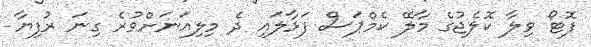
ފޮޓޯ ވިލާ ކޮލެޖުގެ މާލޭ ކެމްޕަސް ފަޅާލައި ދެ މިލިއަނަށްވުރެ ގިނަ ރުފިޔާ